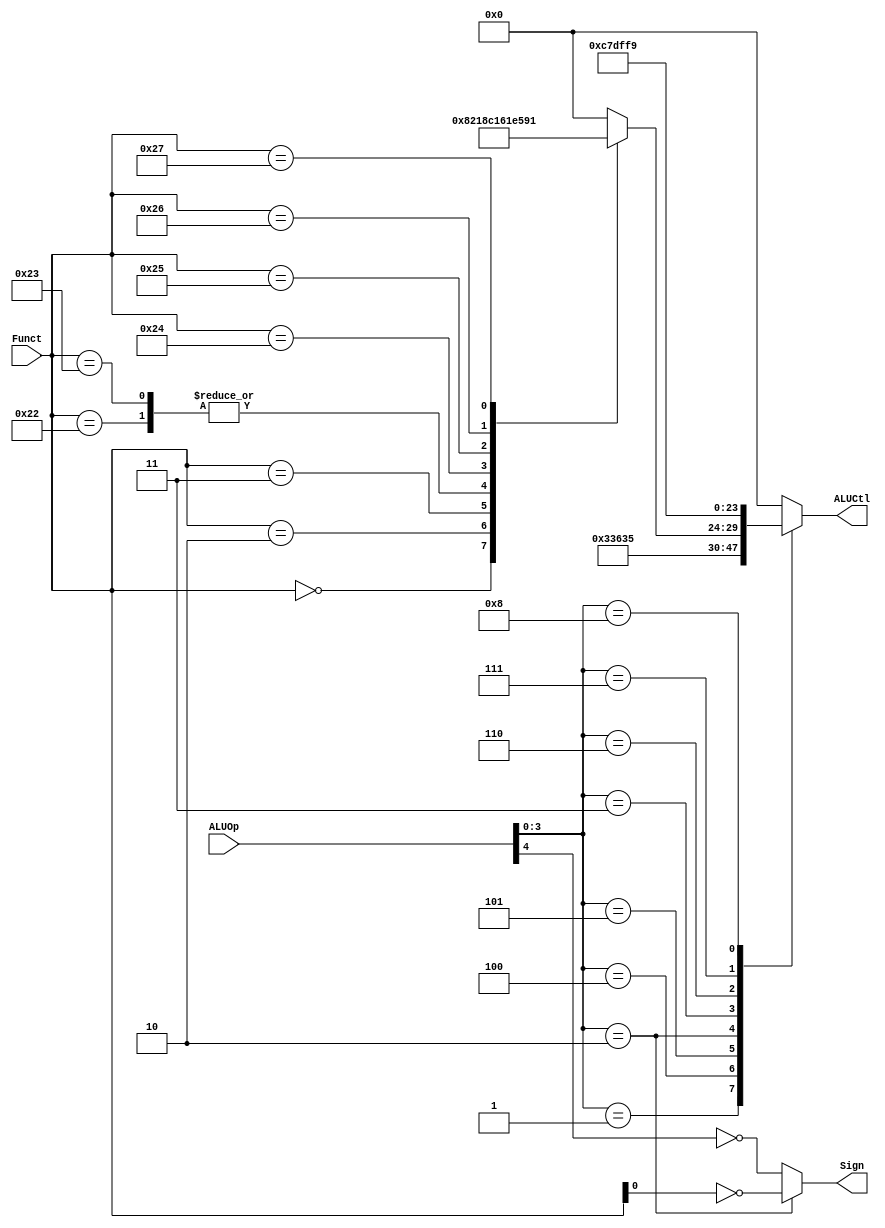
module ALUControl(ALUOp, Funct, ALUCtl, Sign);
	input      [4:0] ALUOp;
	input      [5:0] Funct;
	output reg [5:0] ALUCtl;
	output Sign;
	
	parameter aluAND = 6'b011_000;
	parameter aluOR  = 6'b011_110;
	parameter aluADD = 6'b000_000;
	parameter aluSUB = 6'b000_001;
	parameter aluNOR = 6'b010_001;
	parameter aluXOR = 6'b010_110;
	parameter aluSLL = 6'b100_000;
	parameter aluSRL = 6'b100_001;
	parameter aluSRA = 6'b100_011;
	parameter aluA   = 6'b011_010;////////////
	parameter aluEQ  = 6'b110_011;
	parameter aluNEQ = 6'b110_001;
	parameter aluLT  = 6'b110_101;
	parameter aluLEZ = 6'b111_101;
	parameter aluGEZ = 6'b111_001;
	parameter aluGTZ = 6'b111_111;
	
	assign Sign = (ALUOp[3:0] == 3'b0010)? ~Funct[0]: ~ALUOp[4];
	
	reg [5:0] aluFunct;
	always @(*)
		case (Funct)
			6'b00_0000: aluFunct <= aluSLL;
			6'b00_0010: aluFunct <= aluSRL;
			6'b00_0011: aluFunct <= aluSRA;
			6'b10_0000: aluFunct <= aluADD;
			6'b10_0001: aluFunct <= aluADD;
			6'b10_0010: aluFunct <= aluSUB;
			6'b10_0011: aluFunct <= aluSUB;
			6'b10_0100: aluFunct <= aluAND;
			6'b10_0101: aluFunct <= aluOR;
			6'b10_0110: aluFunct <= aluXOR;
			6'b10_0111: aluFunct <= aluNOR;
			default: aluFunct <= aluADD;
		endcase
	
	always @(*)
		case (ALUOp[3:0])
			4'b0000: ALUCtl <= aluADD;
			4'b0001: ALUCtl <= aluEQ;//beq
			4'b0100: ALUCtl <= aluAND;
			4'b0101: ALUCtl <= aluLT;
			4'b0010: ALUCtl <= aluFunct;
			4'b0011: ALUCtl <= aluNEQ;//bne
			4'b0110: ALUCtl <= aluLEZ;//blez
			4'b0111: ALUCtl <= aluGTZ;//bgtz
			4'b1000: ALUCtl <= aluGEZ;//bgez
			default: ALUCtl <= aluADD;
		endcase

endmodule